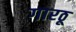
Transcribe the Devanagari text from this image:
गारठू